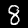
Label: 8